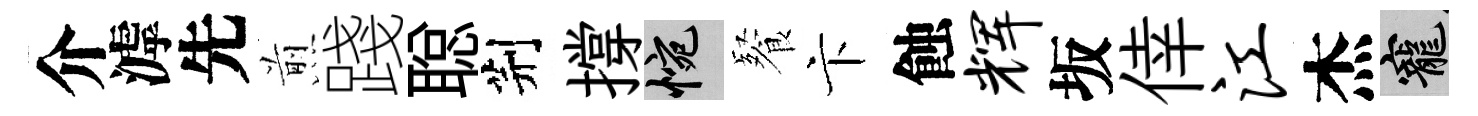
介滹先煎踐聪荆撐惋餐卞蝕辉坂倖江杰寵